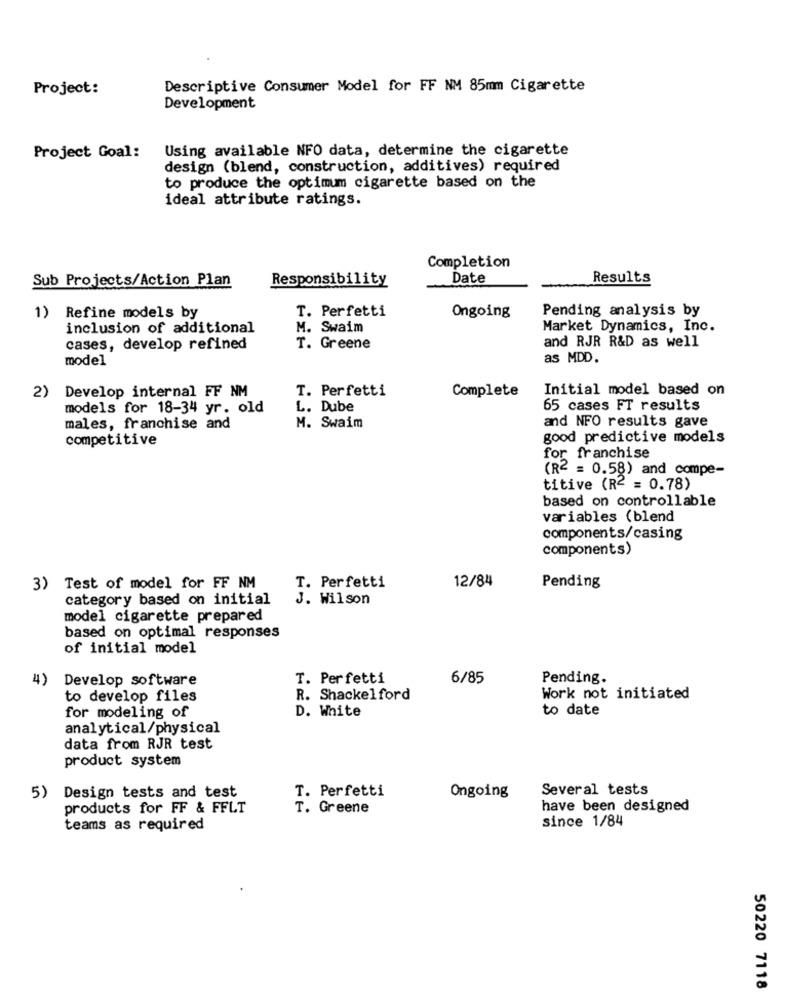
Project:
Descriptive Consumer Model for FF NM 85mm Cigarette
Development
Using available NFO data, determine the cigarette
Project Goal:
design (blend, construction, additives) required
to produce the optimum cigarette based on the
ideal attribute ratings.
Completion
Sub Projects/Action Plan
Responsibility
Date
Results
T. Perfetti
Pending analysis by
1) Refine models by
Ongoing
inclusion of additional
M. Swaim
Market Dynamics, Inc.
cases, develop refined
T. Greene
and RJR R&D as well
model
as MDD.
2) Develop internal FF NM
Complete
Initial model based on
T. Perfetti
models for 18-34 yr. old
L. Dube
65 cases FT results
males, franchise and
M. Swaim
and NFO results gave
competitive
good predictive models
for franchise
(R2 = 0.58) and compe-
titive (R2 = 0.78)
based on controllable
variables (blend
components/casing
components)
12/84
3) Test of model for FF NM
T. Perfetti
Pending
category based on initial
J. Wilson
model cigarette prepared
based on optimal responses
of initial model
4)
Develop software
T. Perfetti
6/85
Pending.
to develop files
R. Shackelford
Work not initiated
D. White
to date
for modeling of
analytical/physical
data from RJR test
product system
T. Perfetti
Several tests
5) Design tests and test
Ongoing
products for FF & FFLT
T. Greene
have been designed
since 1/84
teams as required
50220 7118